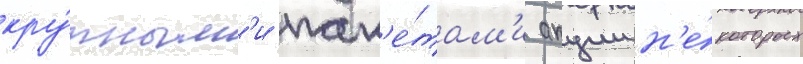
кру́пным'и пак'е́там'и акции н'е́которых